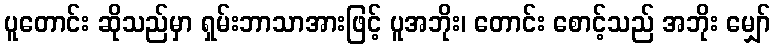
ပူတောင်း ဆိုသည်မှာ ရှမ်းဘာသာအားဖြင့် ပူအဘိုး၊ တောင်း စောင့်သည် အဘိုး မျှော်